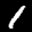
Label: 1